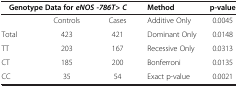
<table><thead><tr><td colspan="3"><b>Genotype Data for <i>eNOS -786T&gt; C</i></b></td><td><b>Method</b></td><td><b>p-value</b></td></tr></thead><tbody><tr><td> </td><td>Controls</td><td>Cases</td><td>Additive Only</td><td>0.0045</td></tr><tr><td>Total</td><td>423</td><td>421</td><td>Dominant Only</td><td>0.0148</td></tr><tr><td>TT</td><td>203</td><td>167</td><td>Recessive Only</td><td>0.0313</td></tr><tr><td>CT</td><td>185</td><td>200</td><td>Bonferroni</td><td>0.0135</td></tr><tr><td>CC</td><td>35</td><td>54</td><td>Exact p-value</td><td>0.0021</td></tr></tbody></table>